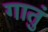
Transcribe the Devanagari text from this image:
गातुं